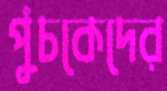
পুঁচকেদের